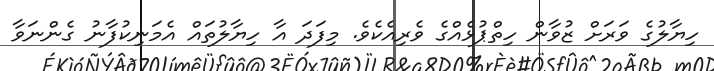
ހިޔާލުގެ ވަރަށް ޒުވާން ހިތްޕުޅެއްގެ ވެރިއެކެވެ. މިފަދަ އާ ހިޔާލުތައް އެމަނިކުފާނު ގެންނަވާ